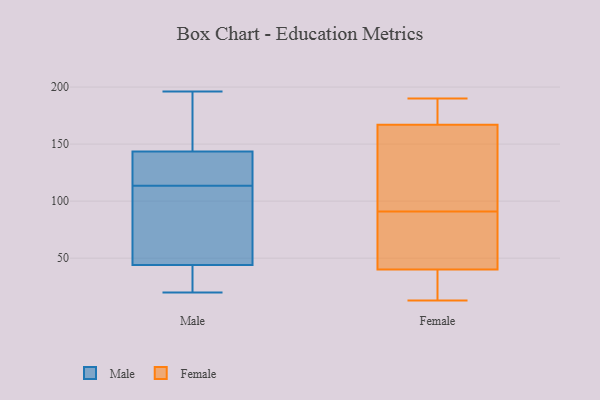
{"axis": {"x": "Website Visitors", "y": "Value"}, "legend": ["Female", "Male"], "data": [{"x": "", "y": 127, "type": "Male"}, {"x": "", "y": 106, "type": "Male"}, {"x": "", "y": 173, "type": "Male"}, {"x": "", "y": 121, "type": "Male"}, {"x": "", "y": 144, "type": "Male"}, {"x": "", "y": 137, "type": "Male"}, {"x": "", "y": 196, "type": "Male"}, {"x": "", "y": 72, "type": "Male"}, {"x": "", "y": 143, "type": "Male"}, {"x": "", "y": 20, "type": "Male"}, {"x": "", "y": 42, "type": "Male"}, {"x": "", "y": 35, "type": "Male"}, {"x": "", "y": 189, "type": "Male"}, {"x": "", "y": 21, "type": "Male"}, {"x": "", "y": 46, "type": "Male"}, {"x": "", "y": 69, "type": "Male"}, {"x": "", "y": 68, "type": "Female"}, {"x": "", "y": 121, "type": "Female"}, {"x": "", "y": 38, "type": "Female"}, {"x": "", "y": 75, "type": "Female"}, {"x": "", "y": 96, "type": "Female"}, {"x": "", "y": 145, "type": "Female"}, {"x": "", "y": 168, "type": "Female"}, {"x": "", "y": 40, "type": "Female"}, {"x": "", "y": 64, "type": "Female"}, {"x": "", "y": 168, "type": "Female"}, {"x": "", "y": 29, "type": "Female"}, {"x": "", "y": 167, "type": "Female"}, {"x": "", "y": 22, "type": "Female"}, {"x": "", "y": 88, "type": "Female"}, {"x": "", "y": 176, "type": "Female"}, {"x": "", "y": 13, "type": "Female"}, {"x": "", "y": 94, "type": "Female"}, {"x": "", "y": 190, "type": "Female"}]}